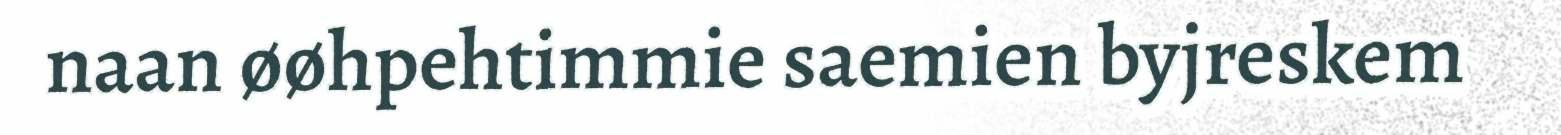
naan øøhpehtimmie saemien byjreskem